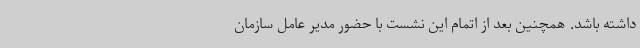
داشته باشد. همچنین بعد از اتمام این نشست با حضور مدیر عامل سازمان